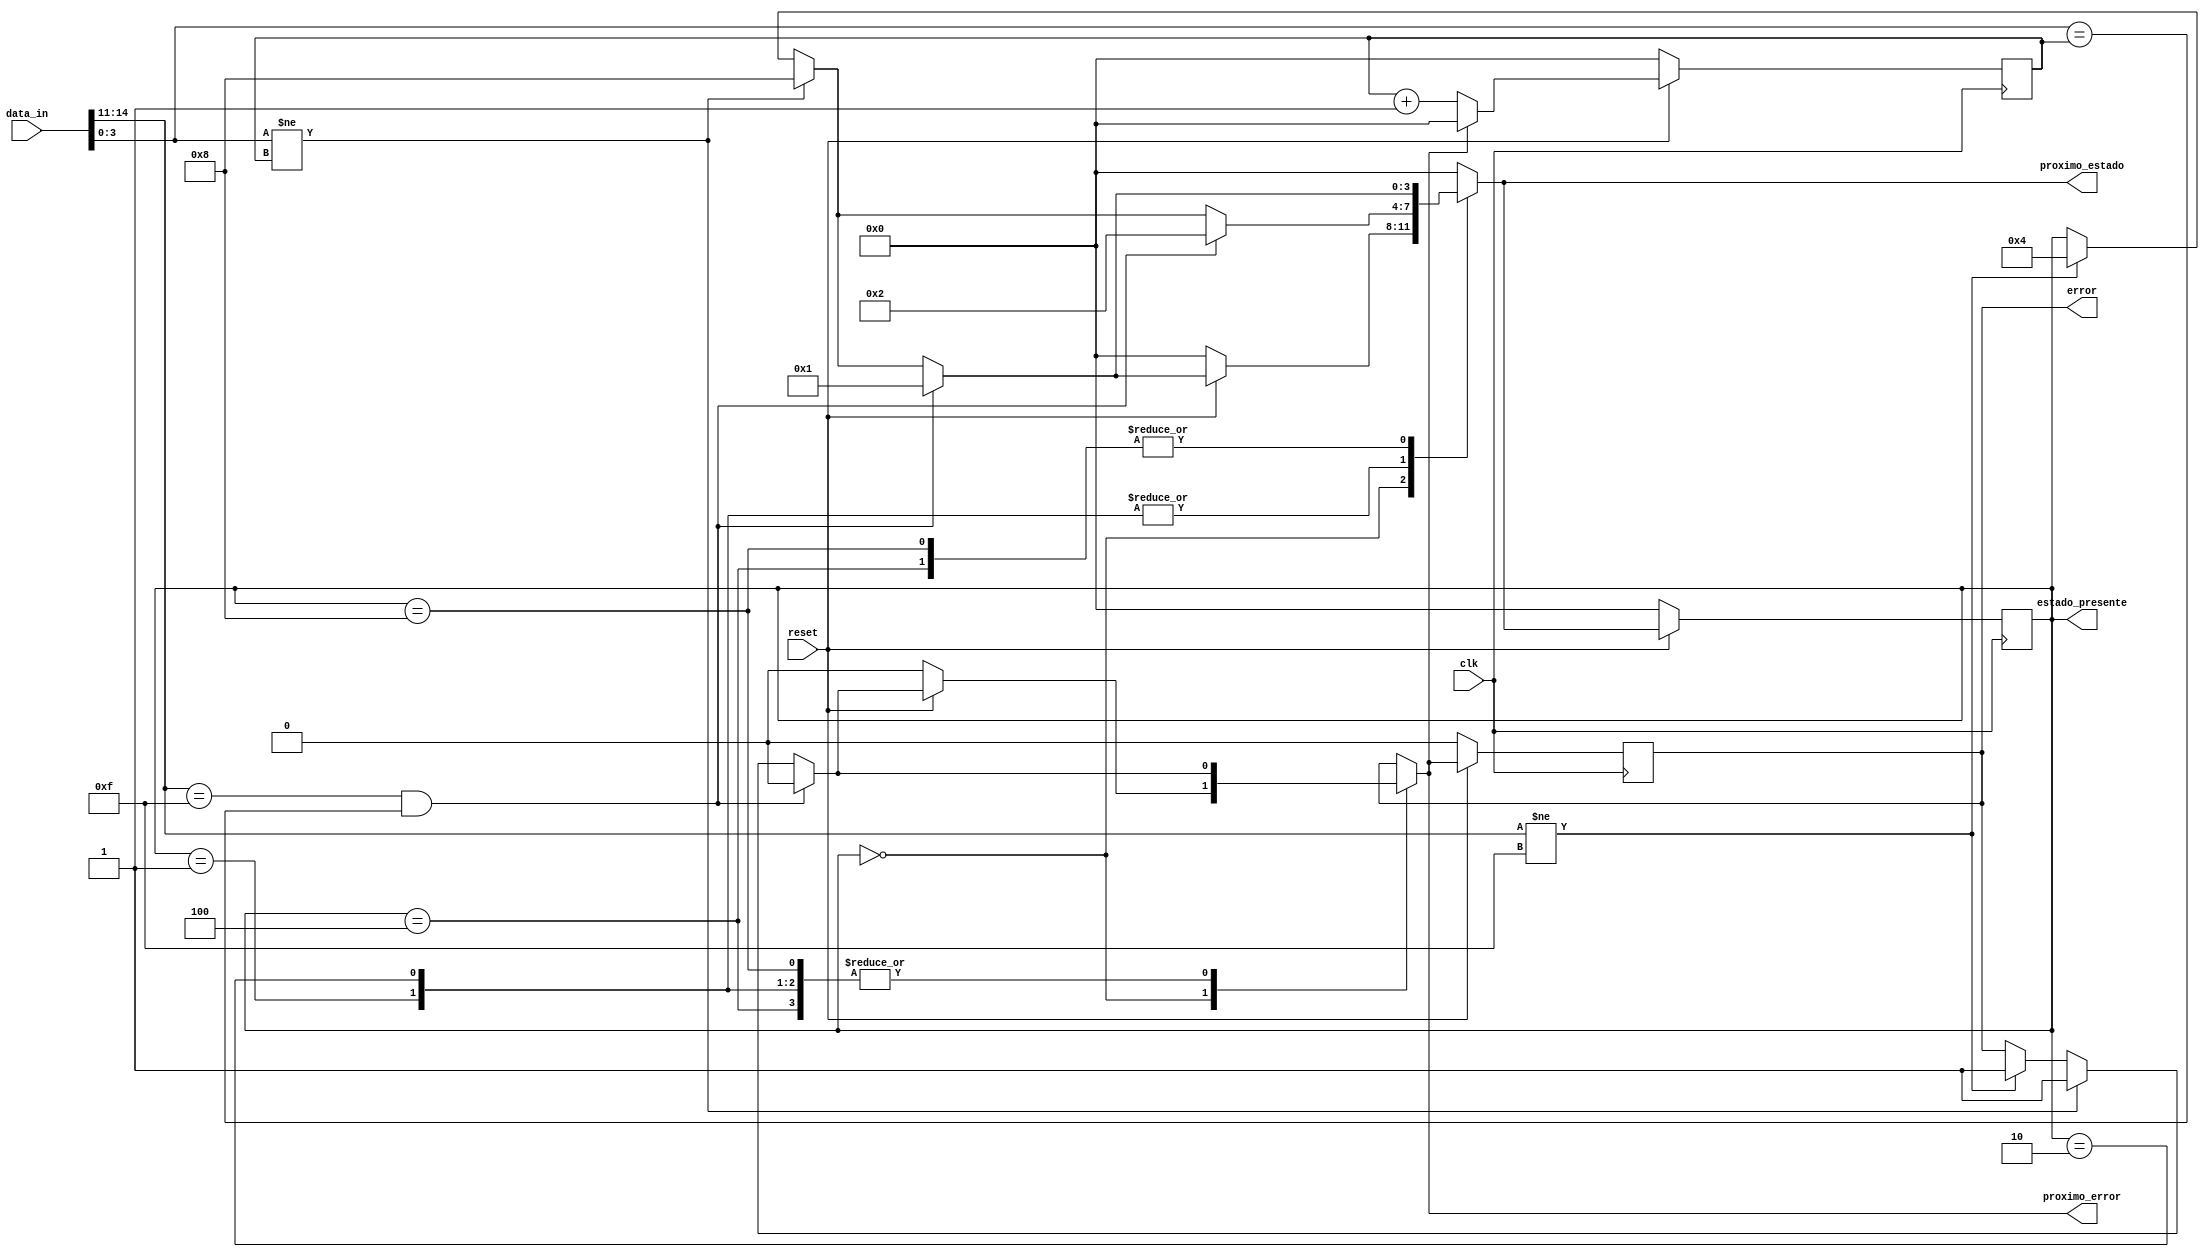
module maquina_de_estados(
    input clk,
    input reset,
    input [BUS_SIZE-1:0] data_in,
    output reg error,
    output reg proximo_error,
    output reg [3:0] estado_presente,
    output reg [3:0] proximo_estado
    );
    parameter BUS_SIZE=16;
    parameter WORD_SIZE=4;
    reg [WORD_SIZE-1:0] contador;

    //Estados One-hot
    parameter RESET = 0;    //0000
    parameter FIRST_PKG =1; //0001
    parameter REG_PKG = 2;  //0010
    parameter F_ERR = 4;    //0100
    parameter SEQ_ERR = 8;  //1000

    always @(posedge clk) begin
        if (!reset) begin
            error <= 0;
            estado_presente <= RESET;
            contador <= 0;
        end
        else begin
            estado_presente <= proximo_estado;
            error <= proximo_error;
            if (proximo_error) contador <= 0;
            else contador <= contador + 1;
        end
    end

    always @(*) begin
        proximo_estado = estado_presente;
        proximo_error = error;
        case(estado_presente)
            RESET:begin
                    
                    if (data_in[BUS_SIZE-1-WORD_SIZE+:WORD_SIZE] == 'hF && data_in[0+:WORD_SIZE] == contador) begin
                        proximo_estado = FIRST_PKG;
                        proximo_error = 0 ;
                    end
                    else if (data_in[0+:WORD_SIZE] != contador) begin
                        proximo_estado = SEQ_ERR;
                        proximo_error = 1;
                    end
                    else if (data_in[BUS_SIZE-1-WORD_SIZE+:WORD_SIZE] != 'hF) begin
                        proximo_estado = F_ERR;
                        proximo_error = 1;
                    end
                    if(!reset) begin 
                        proximo_error = 0;
                        proximo_estado = RESET;
                    end
                end 

            FIRST_PKG: begin
                    if (data_in[BUS_SIZE-1-WORD_SIZE+:WORD_SIZE] == 'hF && data_in[0+:WORD_SIZE] == contador) begin
                        proximo_estado = REG_PKG;
                        proximo_error = 0 ;
                    end
                    else if ( data_in[0+:WORD_SIZE] != contador) begin
                        proximo_estado = SEQ_ERR;
                        proximo_error = 1;
                    end
                    else if (data_in[BUS_SIZE-1-WORD_SIZE+:WORD_SIZE] != 'hF) begin
                        proximo_estado = F_ERR;
                        proximo_error = 1;
                    end
                end 
            REG_PKG: begin
                
                     if (data_in[BUS_SIZE-1-WORD_SIZE+:WORD_SIZE] == 'hF && data_in[0+:WORD_SIZE] == contador) begin
                        proximo_estado = REG_PKG;
                        proximo_error = 0 ;
                    end
                    else if (data_in[0+:WORD_SIZE] != contador) begin
                        proximo_estado = SEQ_ERR;
                        proximo_error = 1;
                    end
                    else if (data_in[BUS_SIZE-1-WORD_SIZE+:WORD_SIZE] != 'hF) begin
                        proximo_estado = F_ERR;
                        proximo_error = 1;
                    end
                end

            SEQ_ERR: begin
                    if (data_in[BUS_SIZE-1-WORD_SIZE+:WORD_SIZE] == 'hF && data_in[0+:WORD_SIZE] == contador) begin
                        proximo_estado = FIRST_PKG;
                        proximo_error = 0 ;
                    end
                    else if (data_in[0+:WORD_SIZE] != contador) begin
                        proximo_estado = SEQ_ERR;
                        proximo_error = 1;
                    end
                    else if (data_in[BUS_SIZE-1-WORD_SIZE+:WORD_SIZE] != 'hF) begin
                        proximo_estado = F_ERR;
                        proximo_error = 1;
                    end
                end
            F_ERR: begin
                    if (data_in[BUS_SIZE-1-WORD_SIZE+:WORD_SIZE] == 'hF && data_in[0+:WORD_SIZE] == contador) begin
                        proximo_estado = FIRST_PKG;
                        proximo_error = 0 ;
                    end
                    else if (data_in[0+:WORD_SIZE] != contador) begin
                        proximo_estado = SEQ_ERR;
                        proximo_error = 1;
                    end
                    else if (data_in[BUS_SIZE-1-WORD_SIZE+:WORD_SIZE] != 'hF) begin
                        proximo_estado = F_ERR;
                        proximo_error = 1;
                    end
                end
            default: begin
                proximo_estado = RESET;
            end 
        endcase    
    end
    
endmodule